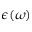
\epsilon ( \omega )